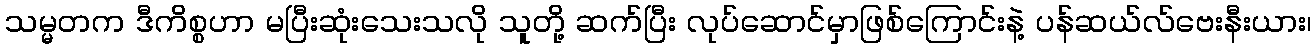
သမ္မတက ဒီကိစ္စဟာ မပြီးဆုံးသေးသလို သူတို့ ဆက်ပြီး လုပ်ဆောင်မှာဖြစ်ကြောင်းနဲ့ ပန်ဆယ်လ်ဗေးနီးယား၊